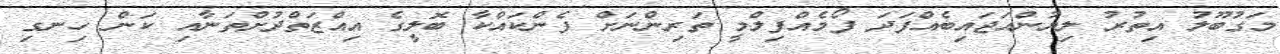
މަގުބޫލު އިތުރު ލިޔުންއަޖައިބެއްފަދަ ފޯމެއްފިލްމީ ތަރިންނަށް ފެންކައްކާ ބޮލީގެ އިއްޒަތްދުށްތަނާއި ކަން ހިނގި